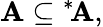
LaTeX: \mathbf{A}\subseteq{^{*}\! \mathbf{A}},